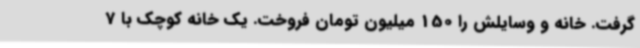
گرفت. خانه و وسایلش را 150 میلیون تومان فروخت. یک خانه کوچک با 7‌